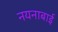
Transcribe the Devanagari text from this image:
नयनाबाई